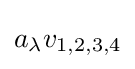
a_{\lambda }v_{1,2,3,4}